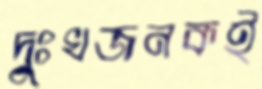
দুঃখজনকই